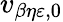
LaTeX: v_{\beta\eta\varepsilon,0}